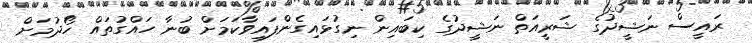
ރައީސް ނަޝީދުގެ ޝަރީއަތް ނަޝީދުގެ ކިބައިން ނިގުޅައިގެންފައިވާކަމަށް ބުނާ ހައްގުތައް ހޯދުމަށް